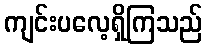
ကျင်းပလေ့ရှိကြသည်